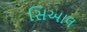
સિઆલ